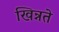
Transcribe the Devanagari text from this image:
खिन्नते